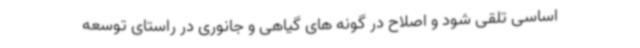
اساسی تلقی شود و اصلاح در گونه های گیاهی و جانوری در راستای توسعه